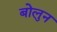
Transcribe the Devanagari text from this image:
बोलुन